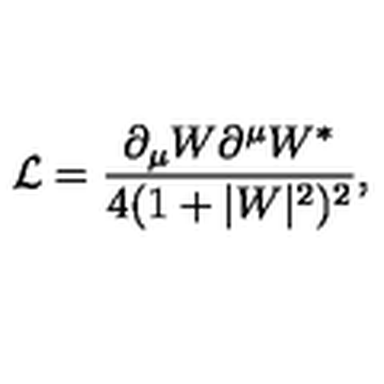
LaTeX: \mathcal { L } = \frac { \partial _ { \mu } W \partial ^ { \mu } W ^ { * } } { 4 ( 1 + | W | ^ { 2 } ) ^ { 2 } } ,